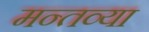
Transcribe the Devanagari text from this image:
मन्तव्या